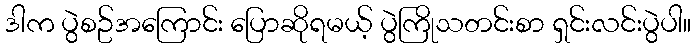
ဒါက ပွဲစဥ်အကြောင်း ပြောဆိုရမယ့် ပွဲကြိုသတင်းစာ ရှင်းလင်းပွဲပါ။